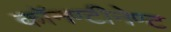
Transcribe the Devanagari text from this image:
काॅनण्टीनेण्ट